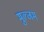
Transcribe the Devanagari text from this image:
मुल्जम